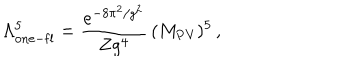
LaTeX: \Lambda _ { \mathrm { o n e - f l } } ^ { 5 } = \frac { e ^ { - 8 \pi ^ { 2 } / g ^ { 2 } } } { Z g ^ { 4 } } \, ( M _ { \mathrm { P V } } ) ^ { 5 } \, ,